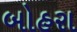
બોહરા